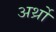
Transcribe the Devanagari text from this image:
अर्थ्रो